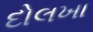
દોલખા